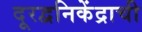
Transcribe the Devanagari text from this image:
दूरद्वनिकेंद्राची